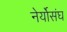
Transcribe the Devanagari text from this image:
नेर्योसंघ